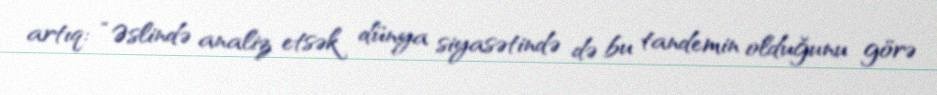
artıq: “Əslində analiz etsək dünya siyasətində də bu tandemin olduğunu görə